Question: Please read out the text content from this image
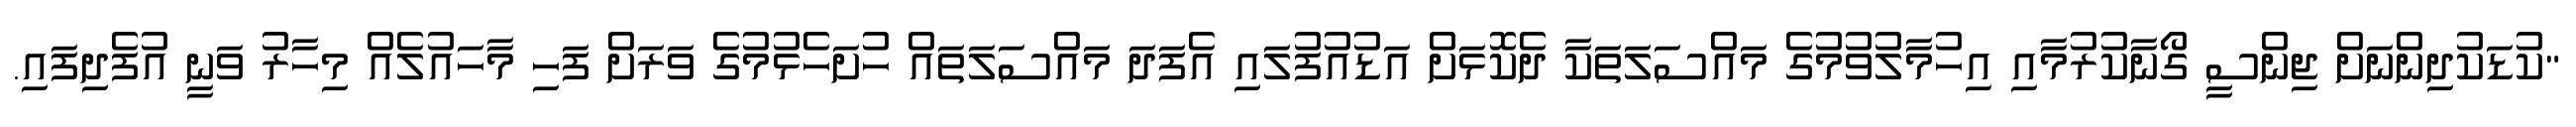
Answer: "ކުޑަކުދިންނަށް ޖިންސީ ގޯނާކުރުމާއި އިހުމާލުވުމުގެ މައްސަލަތަކާ ދެކޮޅަށް އަޑުއުފުލައި އެފަދަ މައްސަލަތައް ހުށަހެޅުމުގެ ވަރަށް ފަހި މާހައުލެއް މިހާރު ވަނީ އުފެދިފައި.